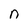
Character: n